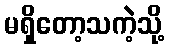
မရှိတော့သကဲ့သို့